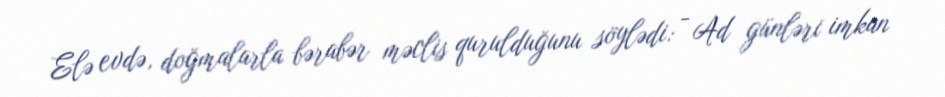
Elə evdə, doğmalarla bərabər məclis qurulduğunu söylədi: - Ad günləri imkan